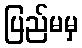
ပြည်မမှ